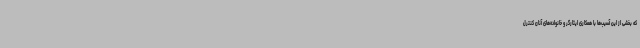
که بخشی از این آسیب‌ها با همکاری ایثارگر و خانواده‌های آنان کنترل